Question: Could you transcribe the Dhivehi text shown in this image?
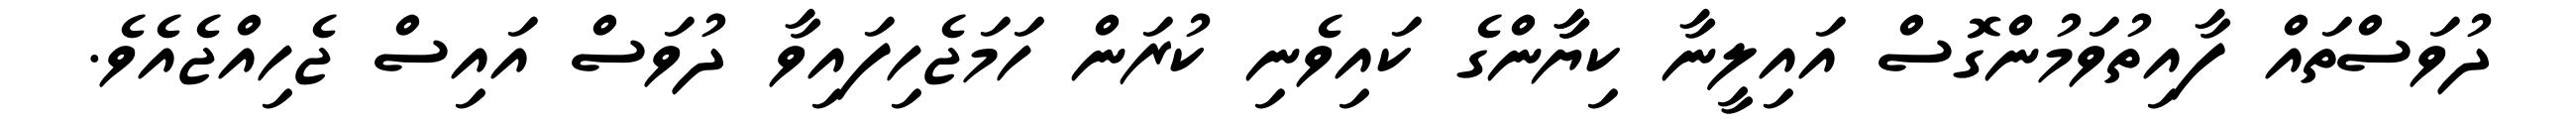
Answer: ދުވަސްތައް ފާއިތުވަމުންގޮސް އައިލީނާ ކިޔާާންގެ ކައިވެނި ކުރަން ހަމަޖެހިފައިވާ ދުވަސް އައިސް ޖެހިއްޖެއެވެ.